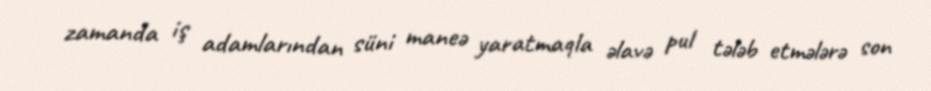
zamanda iş adamlarından süni maneə yaratmaqla əlavə pul tələb etmələrə son